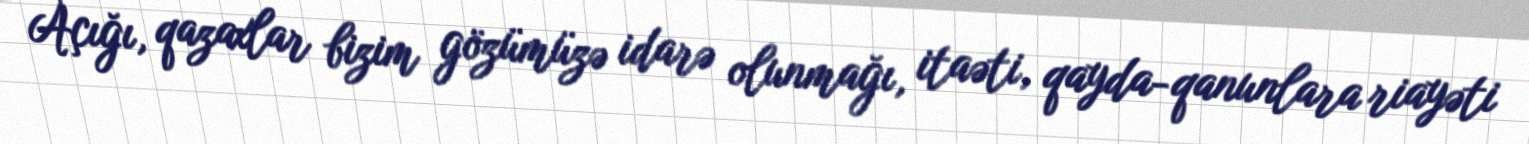
Açığı, qazaxlar bizim gözümüzə idarə olunmağı, itaəti, qayda-qanunlara riayəti